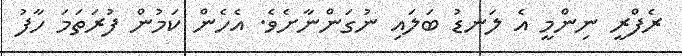
ރެފްރީ ނިންމީ އެ ލަނޑު ބަލައި ނުގަންނާށެވެ. އެހެން ކަމުން ފުރަތަމަ ހާފު